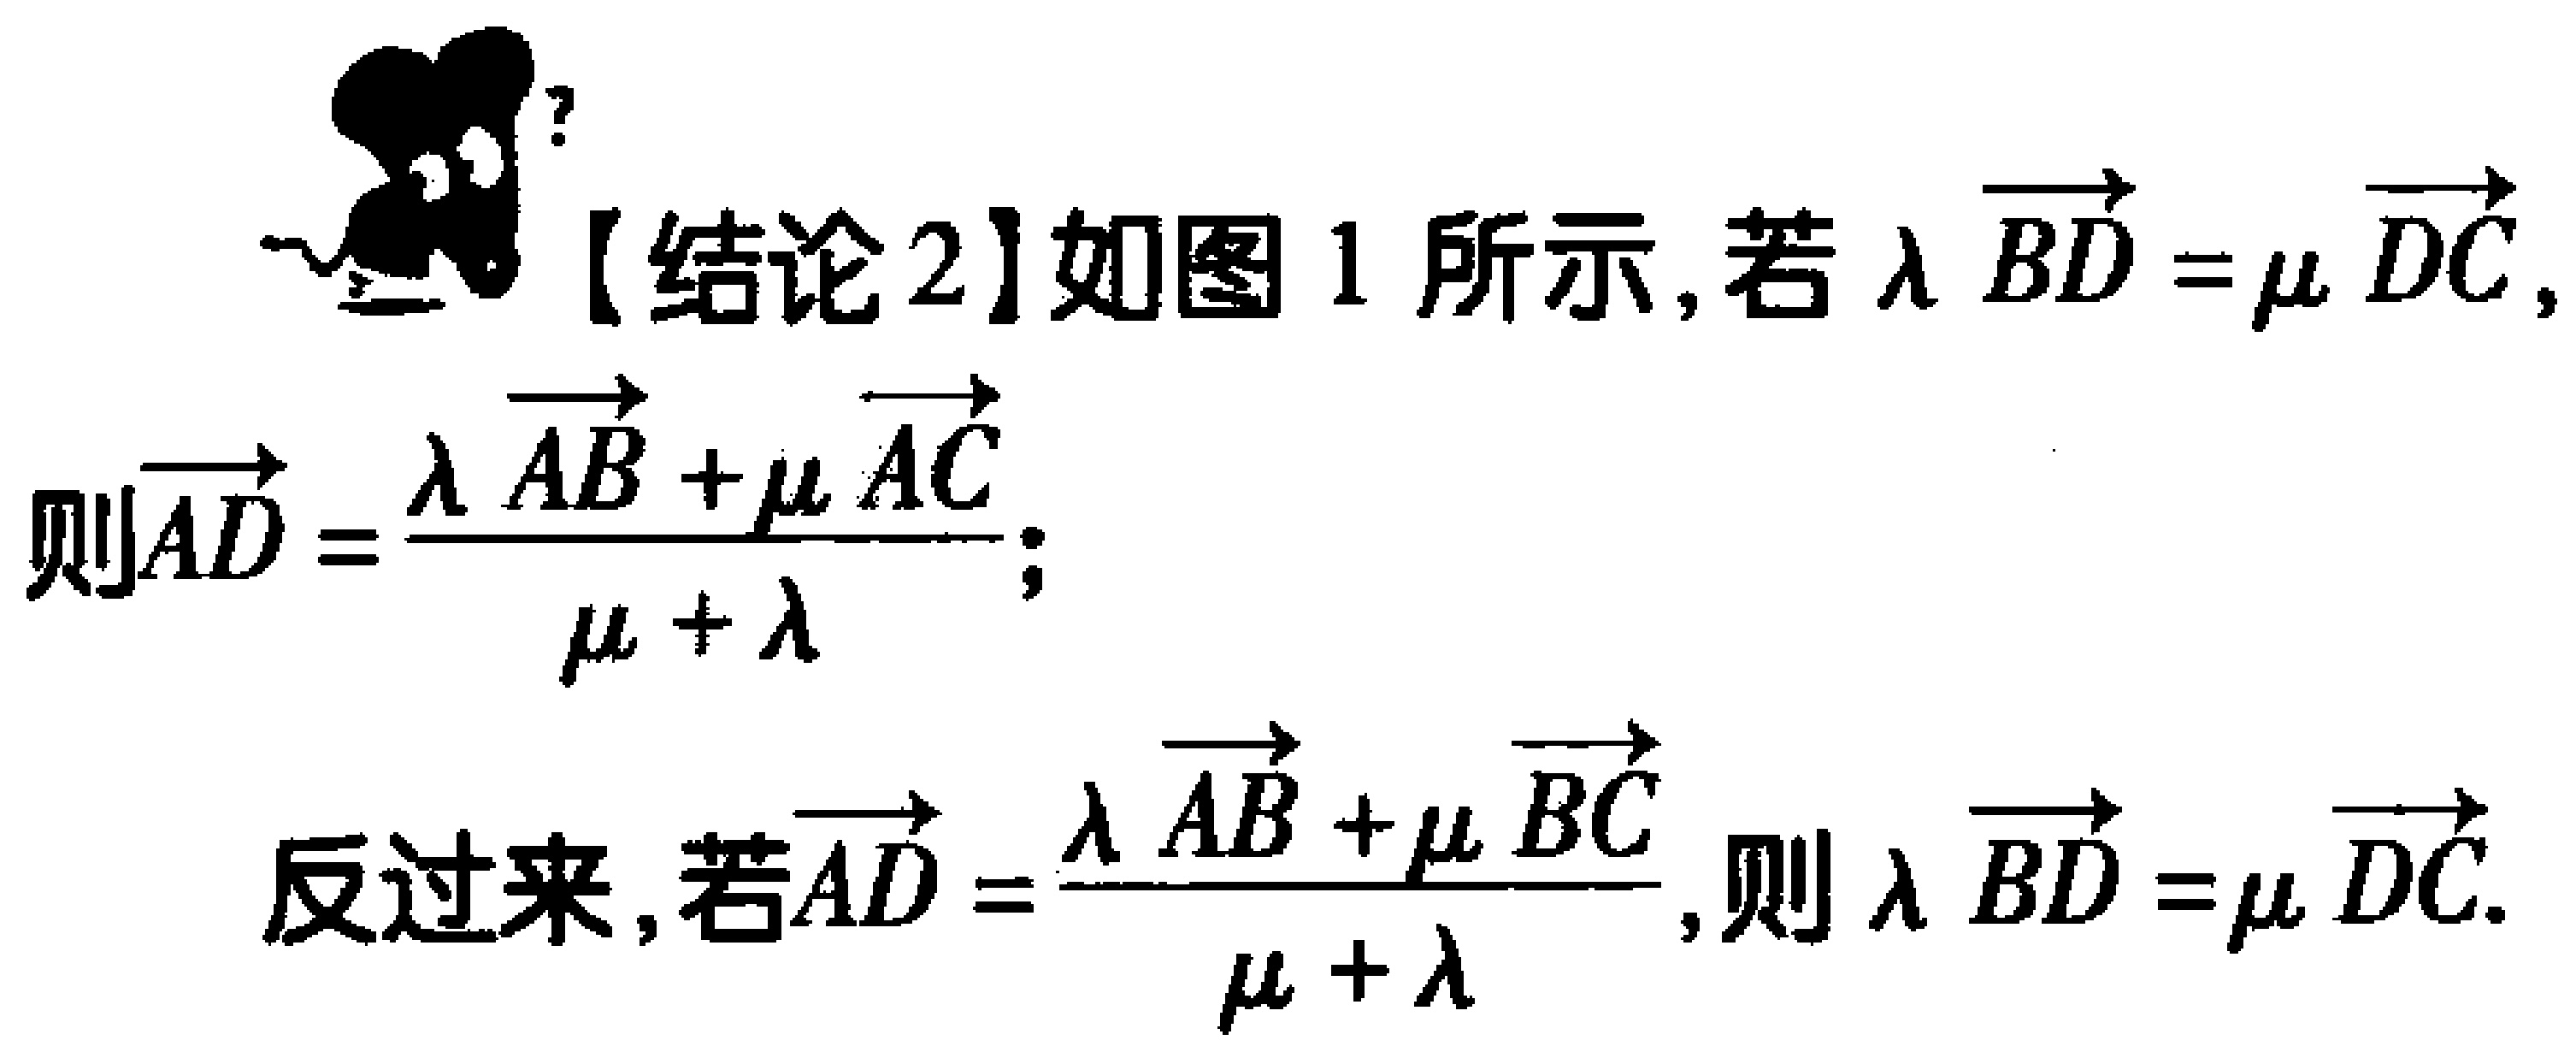
【结论2】如图1所示，若\(\lambda\overrightarrow{BD} = \mu\overrightarrow{DC}\)，
则\(\overrightarrow{AD}=\frac{\lambda\overrightarrow{AB}+\mu\overrightarrow{AC}}{\mu + \lambda}\)；

反过来，若\(\overrightarrow{AD}=\frac{\lambda\overrightarrow{AB}+\mu\overrightarrow{BC}}{\mu + \lambda}\)，则\(\lambda\overrightarrow{BD} = \mu\overrightarrow{DC}\)。